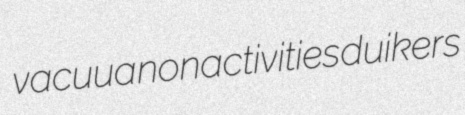
vacuua nonactivities duikers